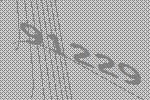
91229